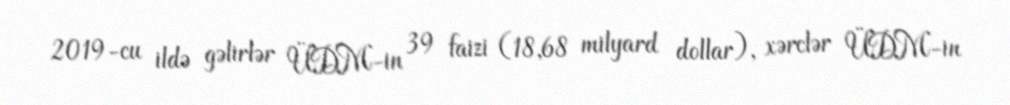
2019-cu ildə gəlirlər ÜDM-in 39 faizi (18,68 milyard dollar), xərclər ÜDM-in